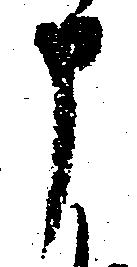
申